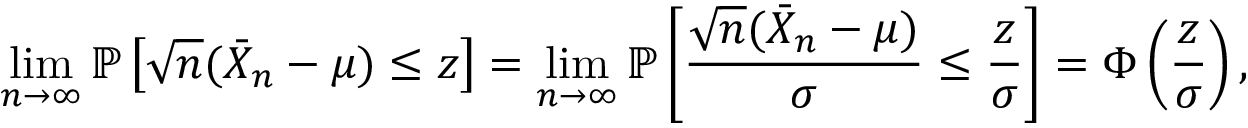
\operatorname* { l i m } _ { n \to \infty } \mathbb { P } \left[ { \sqrt { n } } ( { \bar { X } } _ { n } - \mu ) \leq z \right] = \operatorname* { l i m } _ { n \to \infty } \mathbb { P } \left[ { \frac { { \sqrt { n } } ( { \bar { X } } _ { n } - \mu ) } { \sigma } } \leq { \frac { z } { \sigma } } \right] = \Phi \left( { \frac { z } { \sigma } } \right) ,